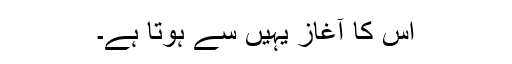
اس کا آغاز یہیں سے ہوتا ہے۔